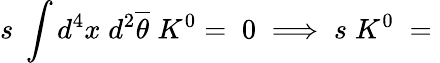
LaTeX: s\; \int d^{4}x\; d^{2}\overline{{{\theta}}}\; K^{0}=\; 0\; \Longrightarrow\; s\; K^{0}\; =\;